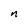
Character: n